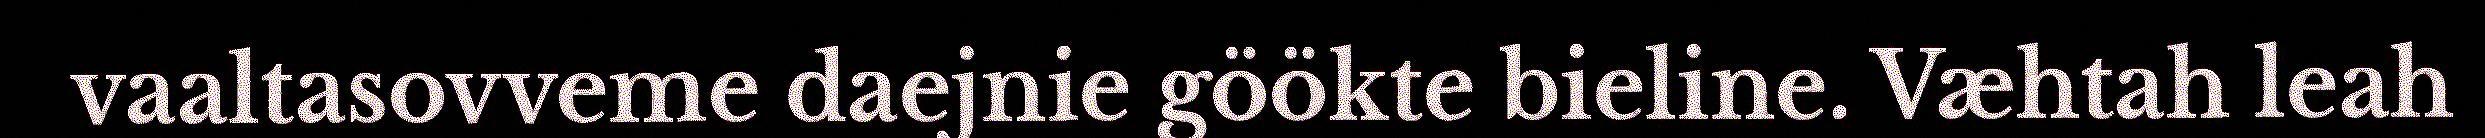
vaaltasovveme daejnie göökte bieline. Væhtah leah